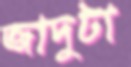
জাদুটা